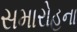
સમારોહના